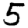
Digit: 5